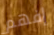
إفهم